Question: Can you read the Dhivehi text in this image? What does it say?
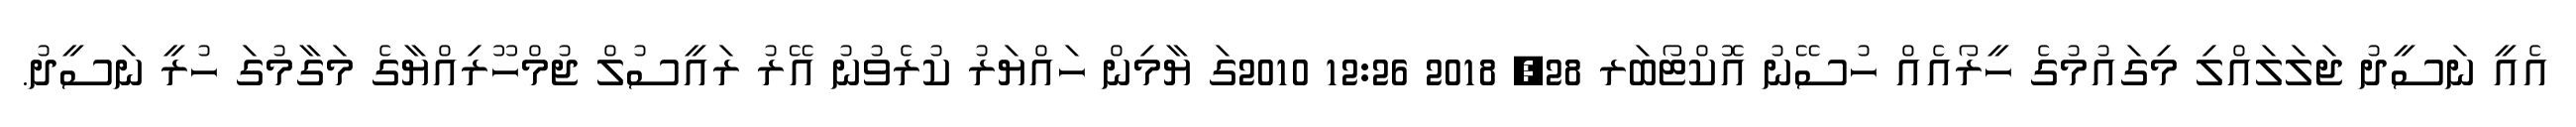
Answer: އެއީ ނަސީދު ޖަލަލައްލި މިގައުމުގެ ހީރޯއެއް ހުސޭނު އޮކްޓޯބަރ 28, 2018 12:26 2010ގަ ޔާމިން ހައްޔަރު ކުރެވުނު އޭރު ރައީސުލް ޖުމްހޫރިއްޔާގެ މަގާމުގަ ހުރީ ނަސީދު.